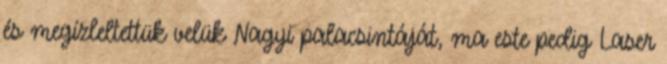
és megízleltettük velük Nagyi palacsintáját, ma este pedig Laser